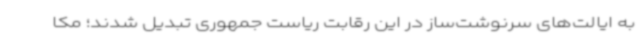
به ایالت‌های سرنوشت‌ساز در این رقابت ریاست جمهوری تبدیل شدند؛ مکا